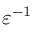
\varepsilon ^ { - 1 }